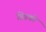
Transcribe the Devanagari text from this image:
ग्रिडको